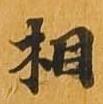
相